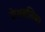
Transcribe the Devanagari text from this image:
केशनलिका